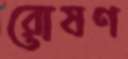
রোষণ